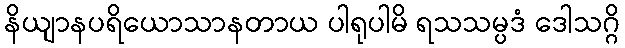
နိယျာနပရိယောသာနတာယ ပါရုပါမိ ရသသမ္ပဒံ ဒေါသဂ္ဂိ